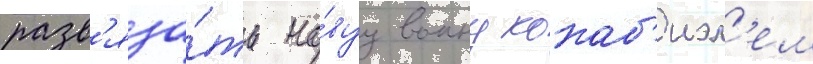
разв'яза́ть но́вуу воину кокаб'иэл'ем